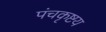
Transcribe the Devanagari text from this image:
पंचकृष्टय